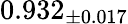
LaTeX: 0.932_{\pm 0.017}